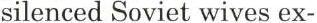
silenced Soviet wives ex-